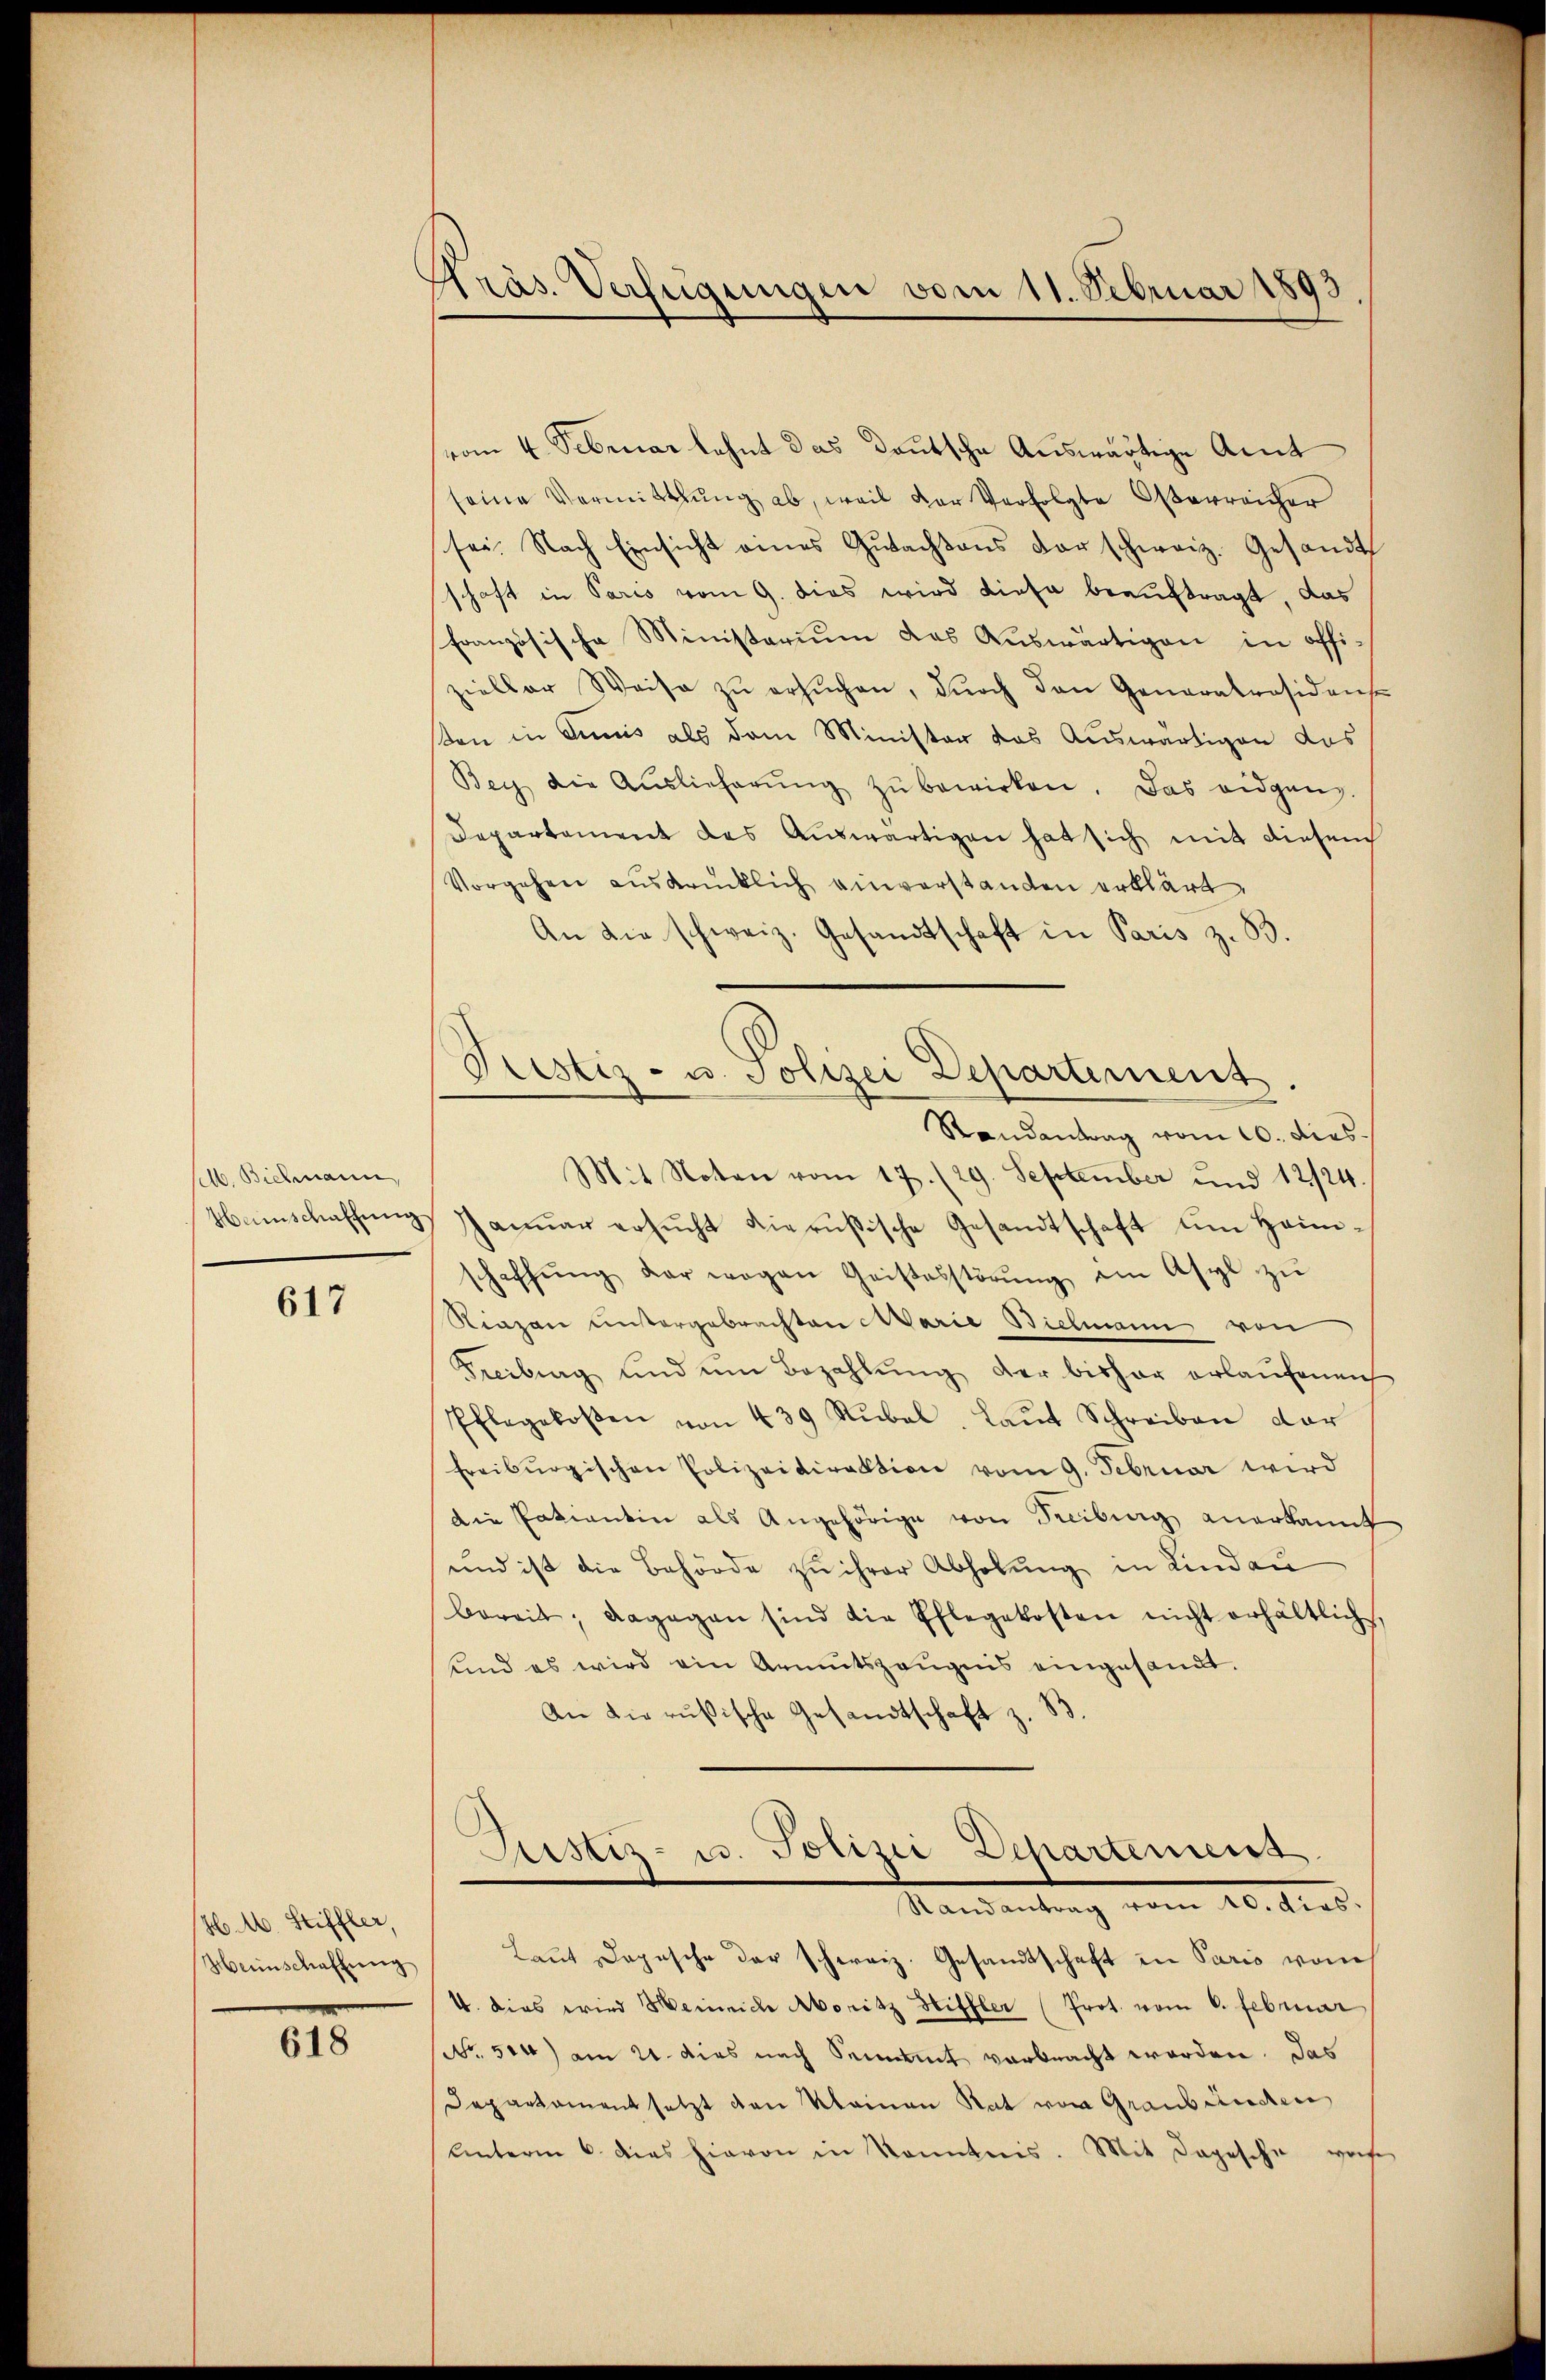
selb. Bichmann,

617

H. M. Stiffler,

618

s
präs. Verfügungen vom 11. Februar 1893

vom 4. Februar lehnt das deutsche Auswärtige Amt
seine Vermittlung ab, weil der Verfolgte Oserreicher
sei. Nach Einsicht eines Gŭtachtens der schweiz. Gesandt
schaft in Paris vom 9. dies wird diese beauftragt, das
französische Ministerium das Auswärtigen in offizieller Weise zŭ ersŭchen, dŭrch den Generalresidens
son in diuis als dem Minister das Auswärtigen das
Bey die Aŭslieferŭng zŭ bewirken. Das eidgang.
Departement das Auswärtigen hat sich mit diesen
Vorgehen ausdrücklich einverstanden erklärt,
An die schweiz. Gesandtschaft in Paris z. B.
Randantrag vom 20. dies
Mit Noten vom 17. (29. September und 12/24.
Manschaffung Januar ersucht dierußische Gesandtschaft um Heimschaffŭng der wegen Geistesstörŭng am Asyl zŭ
Riazen untergebrachten Marie Bielmann von
Freiburg und um Bezahlŭng der bisher erlaŭfenen
Pflegeloβen von 439 Rŭbal. Laŭt Schreiben dar
Freiburgischen Polizeidirektion vom 9. Februar wird
Die Patientin als Angehörige von Freibung anerkannt
und ist die Behörde zu ihrer Abholung in Lindau
bereit, dagegen sind die Pflegekosten nicht erhältlich,
und es wird ein Armutszeŭgnis eingesandt.
An die russische Gesandtschaft z. B.
Justiz- u. Polizei Departement.
Mandantrag vom 20. Mad.
Weinschaffŭng   Laŭt Depesche der schweiz. Gesandtschaft in Paris vom
4. dies wird Heinrich Moritz Hiffler (Prot. vom 6. Februar
str. 500) am 21. dies nach Seit vorbracht worden. Das
Departamentsetzt den Kleinen Rat von Graubünden
Unterm 6. dies hievon in konntnis. Mit dagesche was

d
Festiz- u. Polizei Separtement.